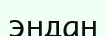
эндан